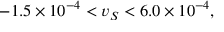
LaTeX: - 1 . 5 \times 1 0 ^ { - 4 } < v _ { S } < 6 . 0 \times 1 0 ^ { - 4 } ,